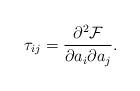
LaTeX: \begin{align*}\tau_{ij} = \frac{\partial^{2} \mathcal{F}}{\partial a_{i} \partial a_{j}}.\end{align*}